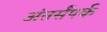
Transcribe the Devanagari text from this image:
अंतर्संपर्क